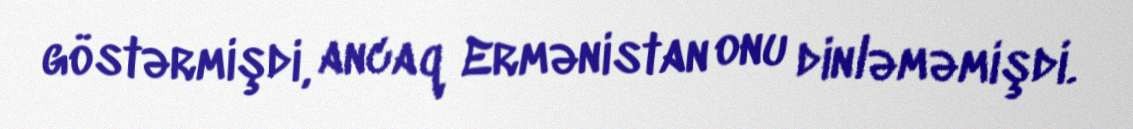
göstərmişdi, ancaq Ermənistan onu dinləməmişdi.